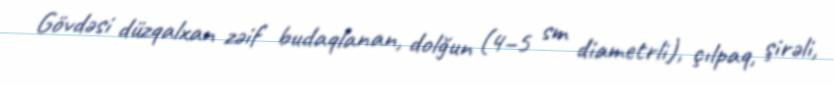
Gövdəsi düzqalxan zəif budaqlanan, dolğun (4–5 sm diametrli), çılpaq, şirəli,